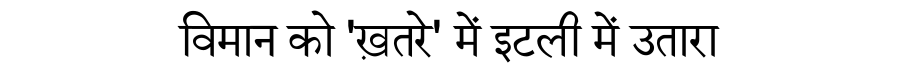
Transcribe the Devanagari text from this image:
विमान को 'ख़तरे' में इटली में उतारा